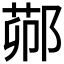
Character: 𬪋